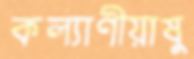
কল্যাণীয়াষু